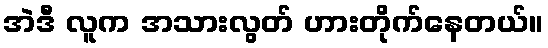
အဲဒီ လူက အသားလွတ် ဟားတိုက်နေတယ်။